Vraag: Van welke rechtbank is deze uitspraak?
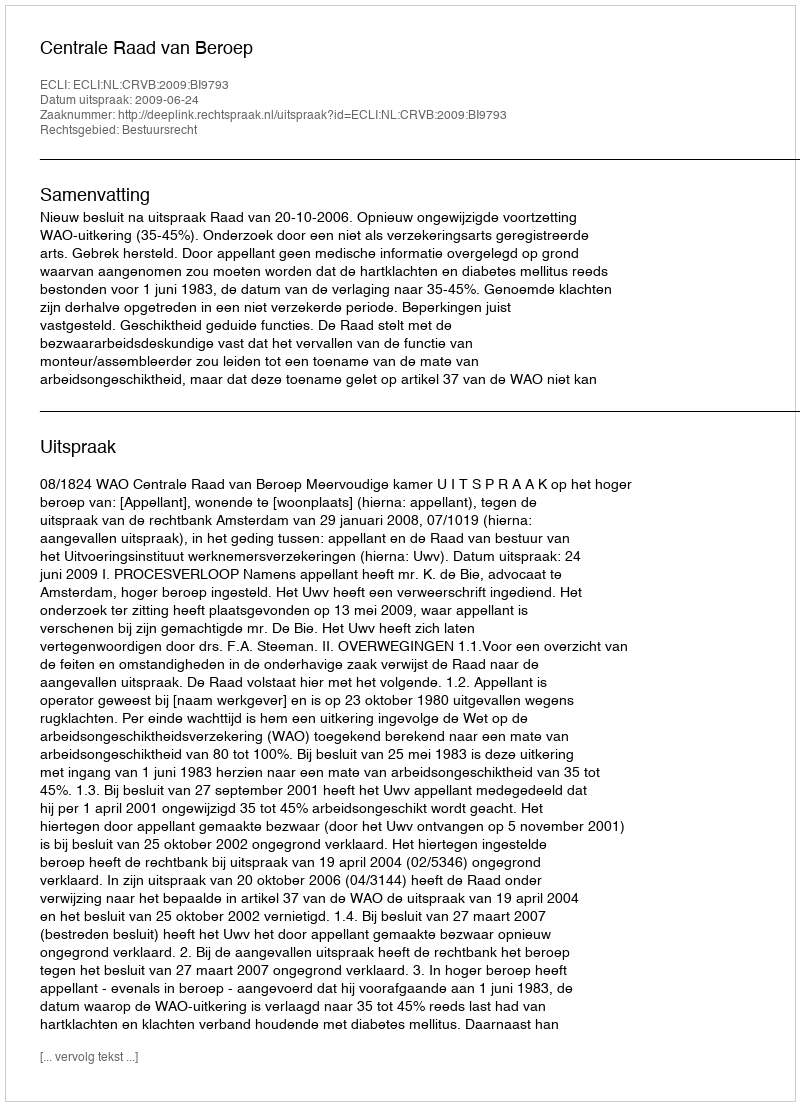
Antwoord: Centrale Raad van Beroep